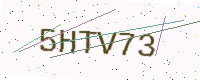
Text: 5HTV73